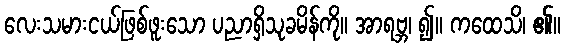
လေးသမားငယ်ဖြစ်ဖူးသော ပညာရှိသုခမိန်ကို။ အာရဗ္ဘ၊ ၍။ ကထေသိ၊ ၏။